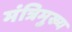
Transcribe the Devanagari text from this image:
मंत्रिमुख्य